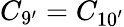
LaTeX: C_{9^{\prime}}=C_{10^{\prime}}